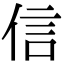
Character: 信